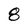
Character: 8